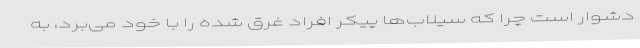
دشوار است چرا که سیلاب‌ها پیکر افراد غرق شده را با خود می‌برد، به